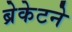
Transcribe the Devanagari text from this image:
ब्रेकेटने